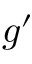
g ^ { \prime }